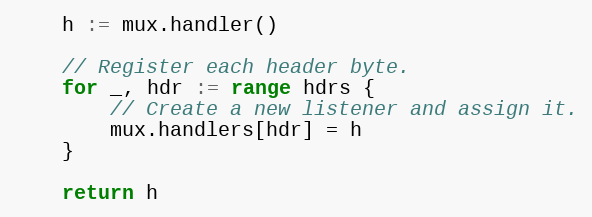
Language: Go
	h := mux.handler()

	// Register each header byte.
	for _, hdr := range hdrs {
		// Create a new listener and assign it.
		mux.handlers[hdr] = h
	}

	return h